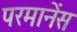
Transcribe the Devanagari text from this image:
परमानेंस